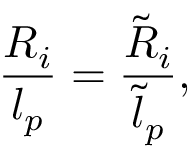
\frac { R _ { i } } { l _ { p } } = \frac { \tilde { R } _ { i } } { \tilde { l } _ { p } } ,